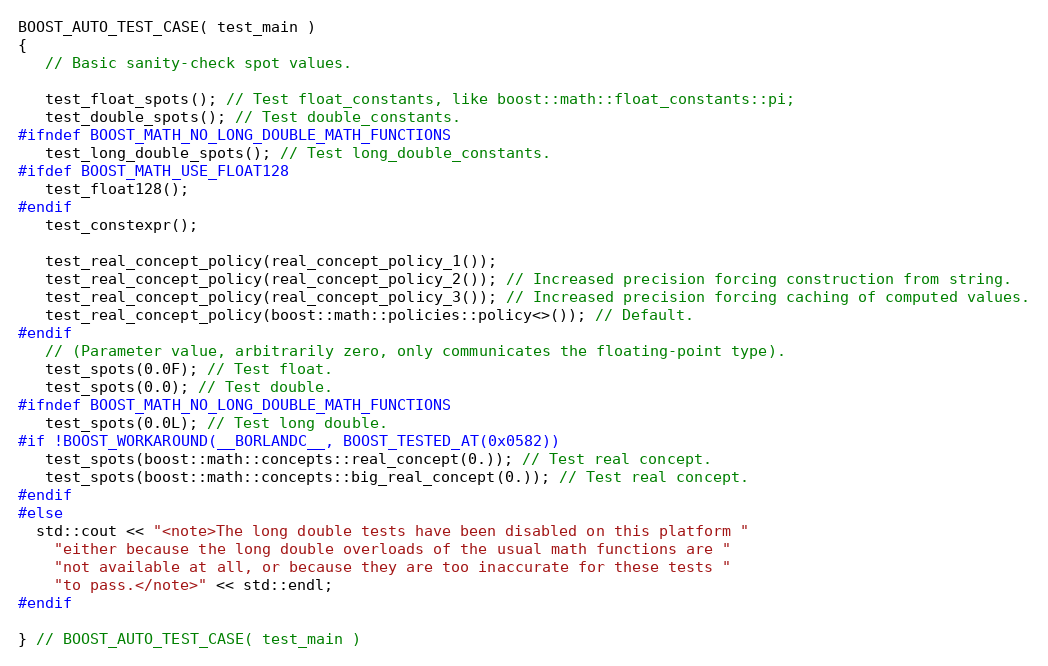
Language: C++
BOOST_AUTO_TEST_CASE( test_main )
{
   // Basic sanity-check spot values.

   test_float_spots(); // Test float_constants, like boost::math::float_constants::pi;
   test_double_spots(); // Test double_constants.
#ifndef BOOST_MATH_NO_LONG_DOUBLE_MATH_FUNCTIONS
   test_long_double_spots(); // Test long_double_constants.
#ifdef BOOST_MATH_USE_FLOAT128
   test_float128();
#endif
   test_constexpr();

   test_real_concept_policy(real_concept_policy_1());
   test_real_concept_policy(real_concept_policy_2()); // Increased precision forcing construction from string.
   test_real_concept_policy(real_concept_policy_3()); // Increased precision forcing caching of computed values.
   test_real_concept_policy(boost::math::policies::policy<>()); // Default.
#endif
   // (Parameter value, arbitrarily zero, only communicates the floating-point type).
   test_spots(0.0F); // Test float.
   test_spots(0.0); // Test double.
#ifndef BOOST_MATH_NO_LONG_DOUBLE_MATH_FUNCTIONS
   test_spots(0.0L); // Test long double.
#if !BOOST_WORKAROUND(__BORLANDC__, BOOST_TESTED_AT(0x0582))
   test_spots(boost::math::concepts::real_concept(0.)); // Test real concept.
   test_spots(boost::math::concepts::big_real_concept(0.)); // Test real concept.
#endif
#else
  std::cout << "<note>The long double tests have been disabled on this platform "
    "either because the long double overloads of the usual math functions are "
    "not available at all, or because they are too inaccurate for these tests "
    "to pass.</note>" << std::endl;
#endif

} // BOOST_AUTO_TEST_CASE( test_main )